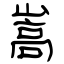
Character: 嵩